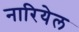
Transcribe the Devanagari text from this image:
नारियेल